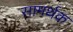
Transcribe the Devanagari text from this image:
सामर्थक